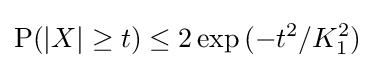
\operatorname {P} (|X|\geq t)\leq 2\exp {(-t^{2}/K_{1}^{2})}